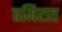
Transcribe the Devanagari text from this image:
तमिरात